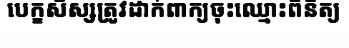
បេក្ខសិស្សត្រូវដាក់ពាក្យចុះឈ្មោះពិនិត្យ